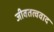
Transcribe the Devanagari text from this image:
जीवतत्ववाद